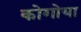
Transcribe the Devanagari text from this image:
कोगोया